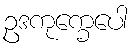
ဥဒကုက္ခေပေါ